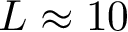
L \approx 1 0